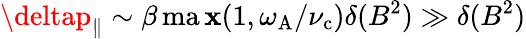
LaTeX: \deltap_{\| }\sim\beta\operatorname*{ma\mathbf{x}}(1,\omega_{\mathrm{{A}}}/\nu_{\mathrm{{c}}})\delta(B^{2})\gg\delta(B^{2})